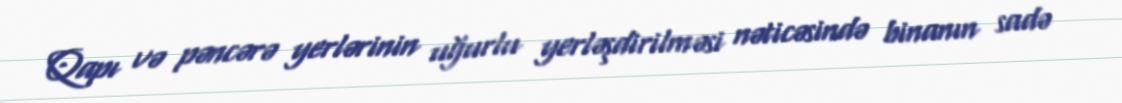
Qapı və pəncərə yerlərinin uğurlu yerləşdirilməsi nəticəsində binanın sadə